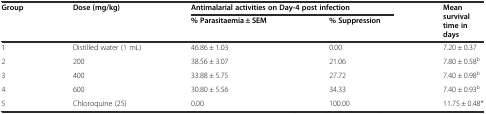
<table><thead><tr><td rowspan="2"><b>Group</b></td><td rowspan="2"><b>Dose (mg/kg)</b></td><td colspan="2"><b>Antimalarial activities on Day-4 post infection</b></td><td rowspan="2"><b>Mean survival time in days</b></td></tr><tr><td><b>% Parasitaemia ± SEM</b></td><td><b>% Suppression</b></td></tr></thead><tbody><tr><td>1</td><td>Distilled water (1 mL)</td><td>46.86 ± 1.03</td><td>0.00</td><td>7.20 ± 0.37</td></tr><tr><td>2</td><td>200</td><td>38.56 ± 3.07</td><td>21.06</td><td>7.80 ± 0.58<sup>b</sup></td></tr><tr><td>3</td><td>400</td><td>33.88 ± 5.75</td><td>27.72</td><td>7.40 ± 0.98<sup>b</sup></td></tr><tr><td>4</td><td>600</td><td>30.80 ± 5.56</td><td>34.33</td><td>7.40 ± 0.93<sup>b</sup></td></tr><tr><td>5</td><td>Chloroquine (25)</td><td>0.00</td><td>100.00</td><td>11.75 ± 0.48*</td></tr></tbody></table>